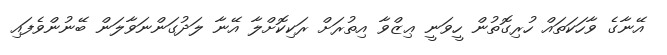
އޭނާގެ ވާހަކަތައް ހުރިގޮތުން ހީވަނީ ޢިޒްވާ އިތުރަށް ރަކިކޮށްލާ އޭނާ ލަދުގަންނަވާލަން ބޭނުންވެފައި